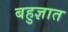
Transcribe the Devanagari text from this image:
बहुज्ञात